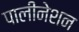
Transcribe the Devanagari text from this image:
पालीनेशन